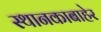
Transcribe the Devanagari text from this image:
स्थानकाबाहेर